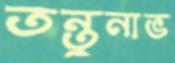
তন্তুনাভ